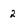
Character: 2